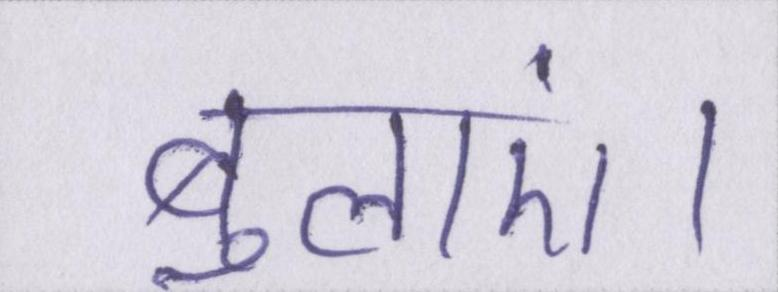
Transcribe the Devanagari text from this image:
बुलाएं।